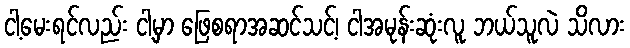
ငါ့မေးရင်လည်း ငါ့မှာ ဖြေစရာအဆင်သင့်၊ ငါအမုန်းဆုံးလူ ဘယ်သူလဲ သိလား